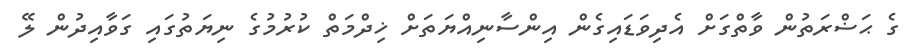
ގެ ޙަޟްރަތުން ވާތްގަށް އެދިވަޑައިގެން އިންސާނިއްޔަތަށް ޚިދްމަތް ކުރުމުގެ ނިޔަތުގައި ގަވާއިދުން ލޭ